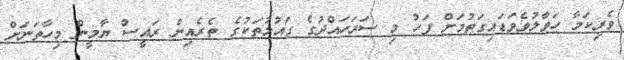
ވެރިކަމާ ހަވާލުވެވަޑައިގަތުމަށް ފަހު މި ސަރަހައްދުގެ ގައުމުތަކުގެ ތެރެއިން ރައީސް ޔާމީން މިހާތަނަށް